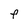
Character: F